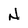
Character: N